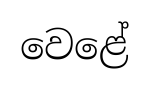
වෙළේ